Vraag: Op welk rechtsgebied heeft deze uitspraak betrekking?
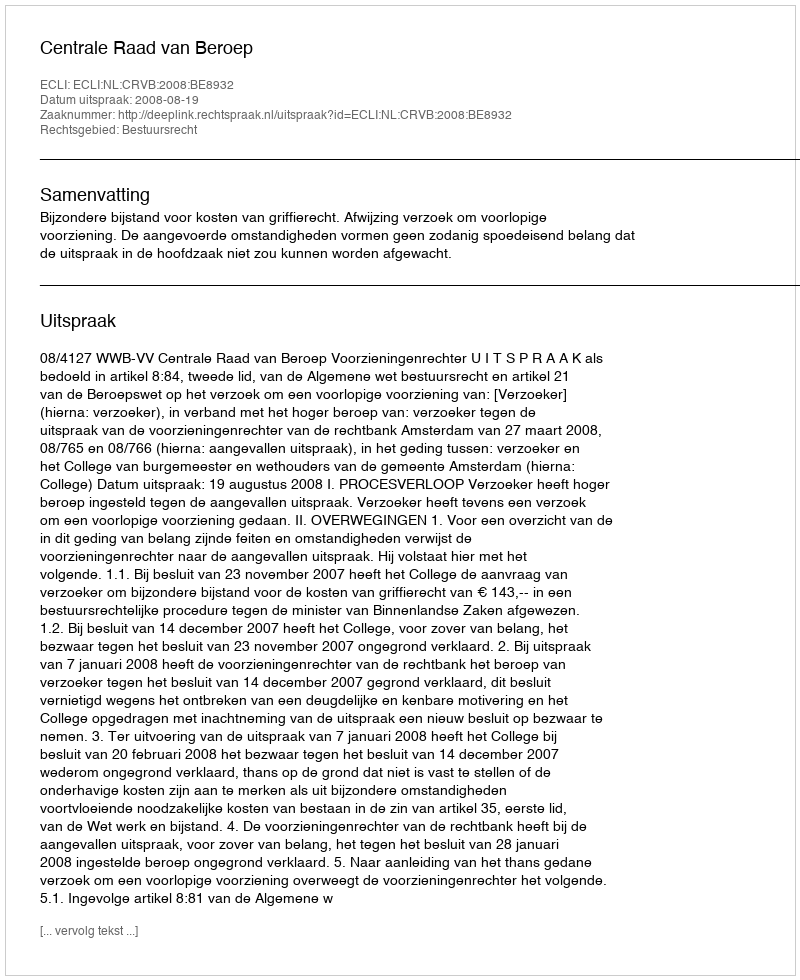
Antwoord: Bestuursrecht